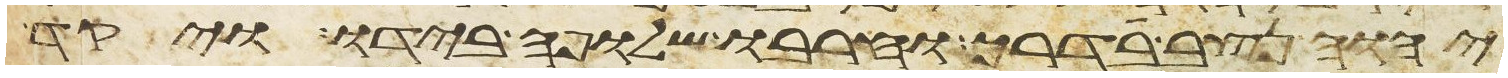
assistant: יהוה נצב בדרך וחרבו שלופה בידו ויקד